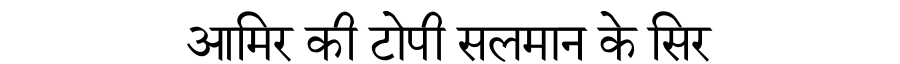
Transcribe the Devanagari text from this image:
आमिर की टोपी सलमान के सिर